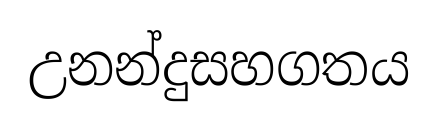
උනන්දුසහගතය